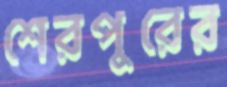
শেরপুরের